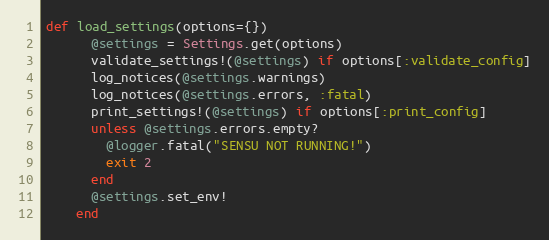
Language: Ruby
def load_settings(options={})
      @settings = Settings.get(options)
      validate_settings!(@settings) if options[:validate_config]
      log_notices(@settings.warnings)
      log_notices(@settings.errors, :fatal)
      print_settings!(@settings) if options[:print_config]
      unless @settings.errors.empty?
        @logger.fatal("SENSU NOT RUNNING!")
        exit 2
      end
      @settings.set_env!
    end